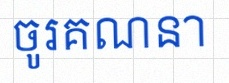
ចូរគណនា